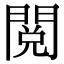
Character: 閲